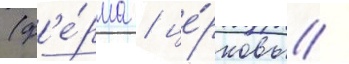
(ф'е́рма / це́рковь /